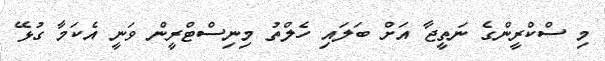
މި ސްކްރީންގެ ނަތީޖާ އަށް ބަލައި ހެލްތު މިނިސްޓްރީން ވަނީ އެކަމާ ގުޅޭ